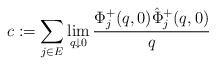
LaTeX: \begin{align*}c : =\sum_{j\in E} \lim_{q\downarrow0}\frac{\Phi^+_j(q,0)\hat\Phi^+_j(q,0)}{q} \end{align*}